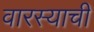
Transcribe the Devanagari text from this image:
वारस्याची